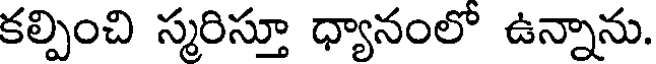
కల్పించి స్మరిస్తూ ధ్యానంలో ఉన్నాను.